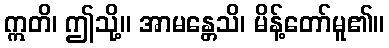
ဣတိ၊ ဤသို့။ အာမန္တေသိ၊ မိန့်တော်မူ၏။